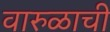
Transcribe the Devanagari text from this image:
वारुळाची